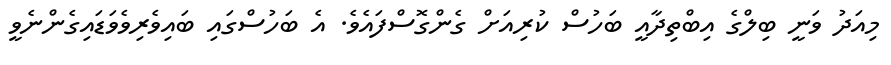
މިއަދު ވަނީ ބިލްގެ އިބްތިދާއީ ބަހުސް ކުރިއަށް ގެންގޮސްފައެވެ. އެ ބަހުސްގައި ބައިވެރިވެވަޑައިގެންނެވީ